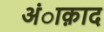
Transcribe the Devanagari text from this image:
अंाक़ाद